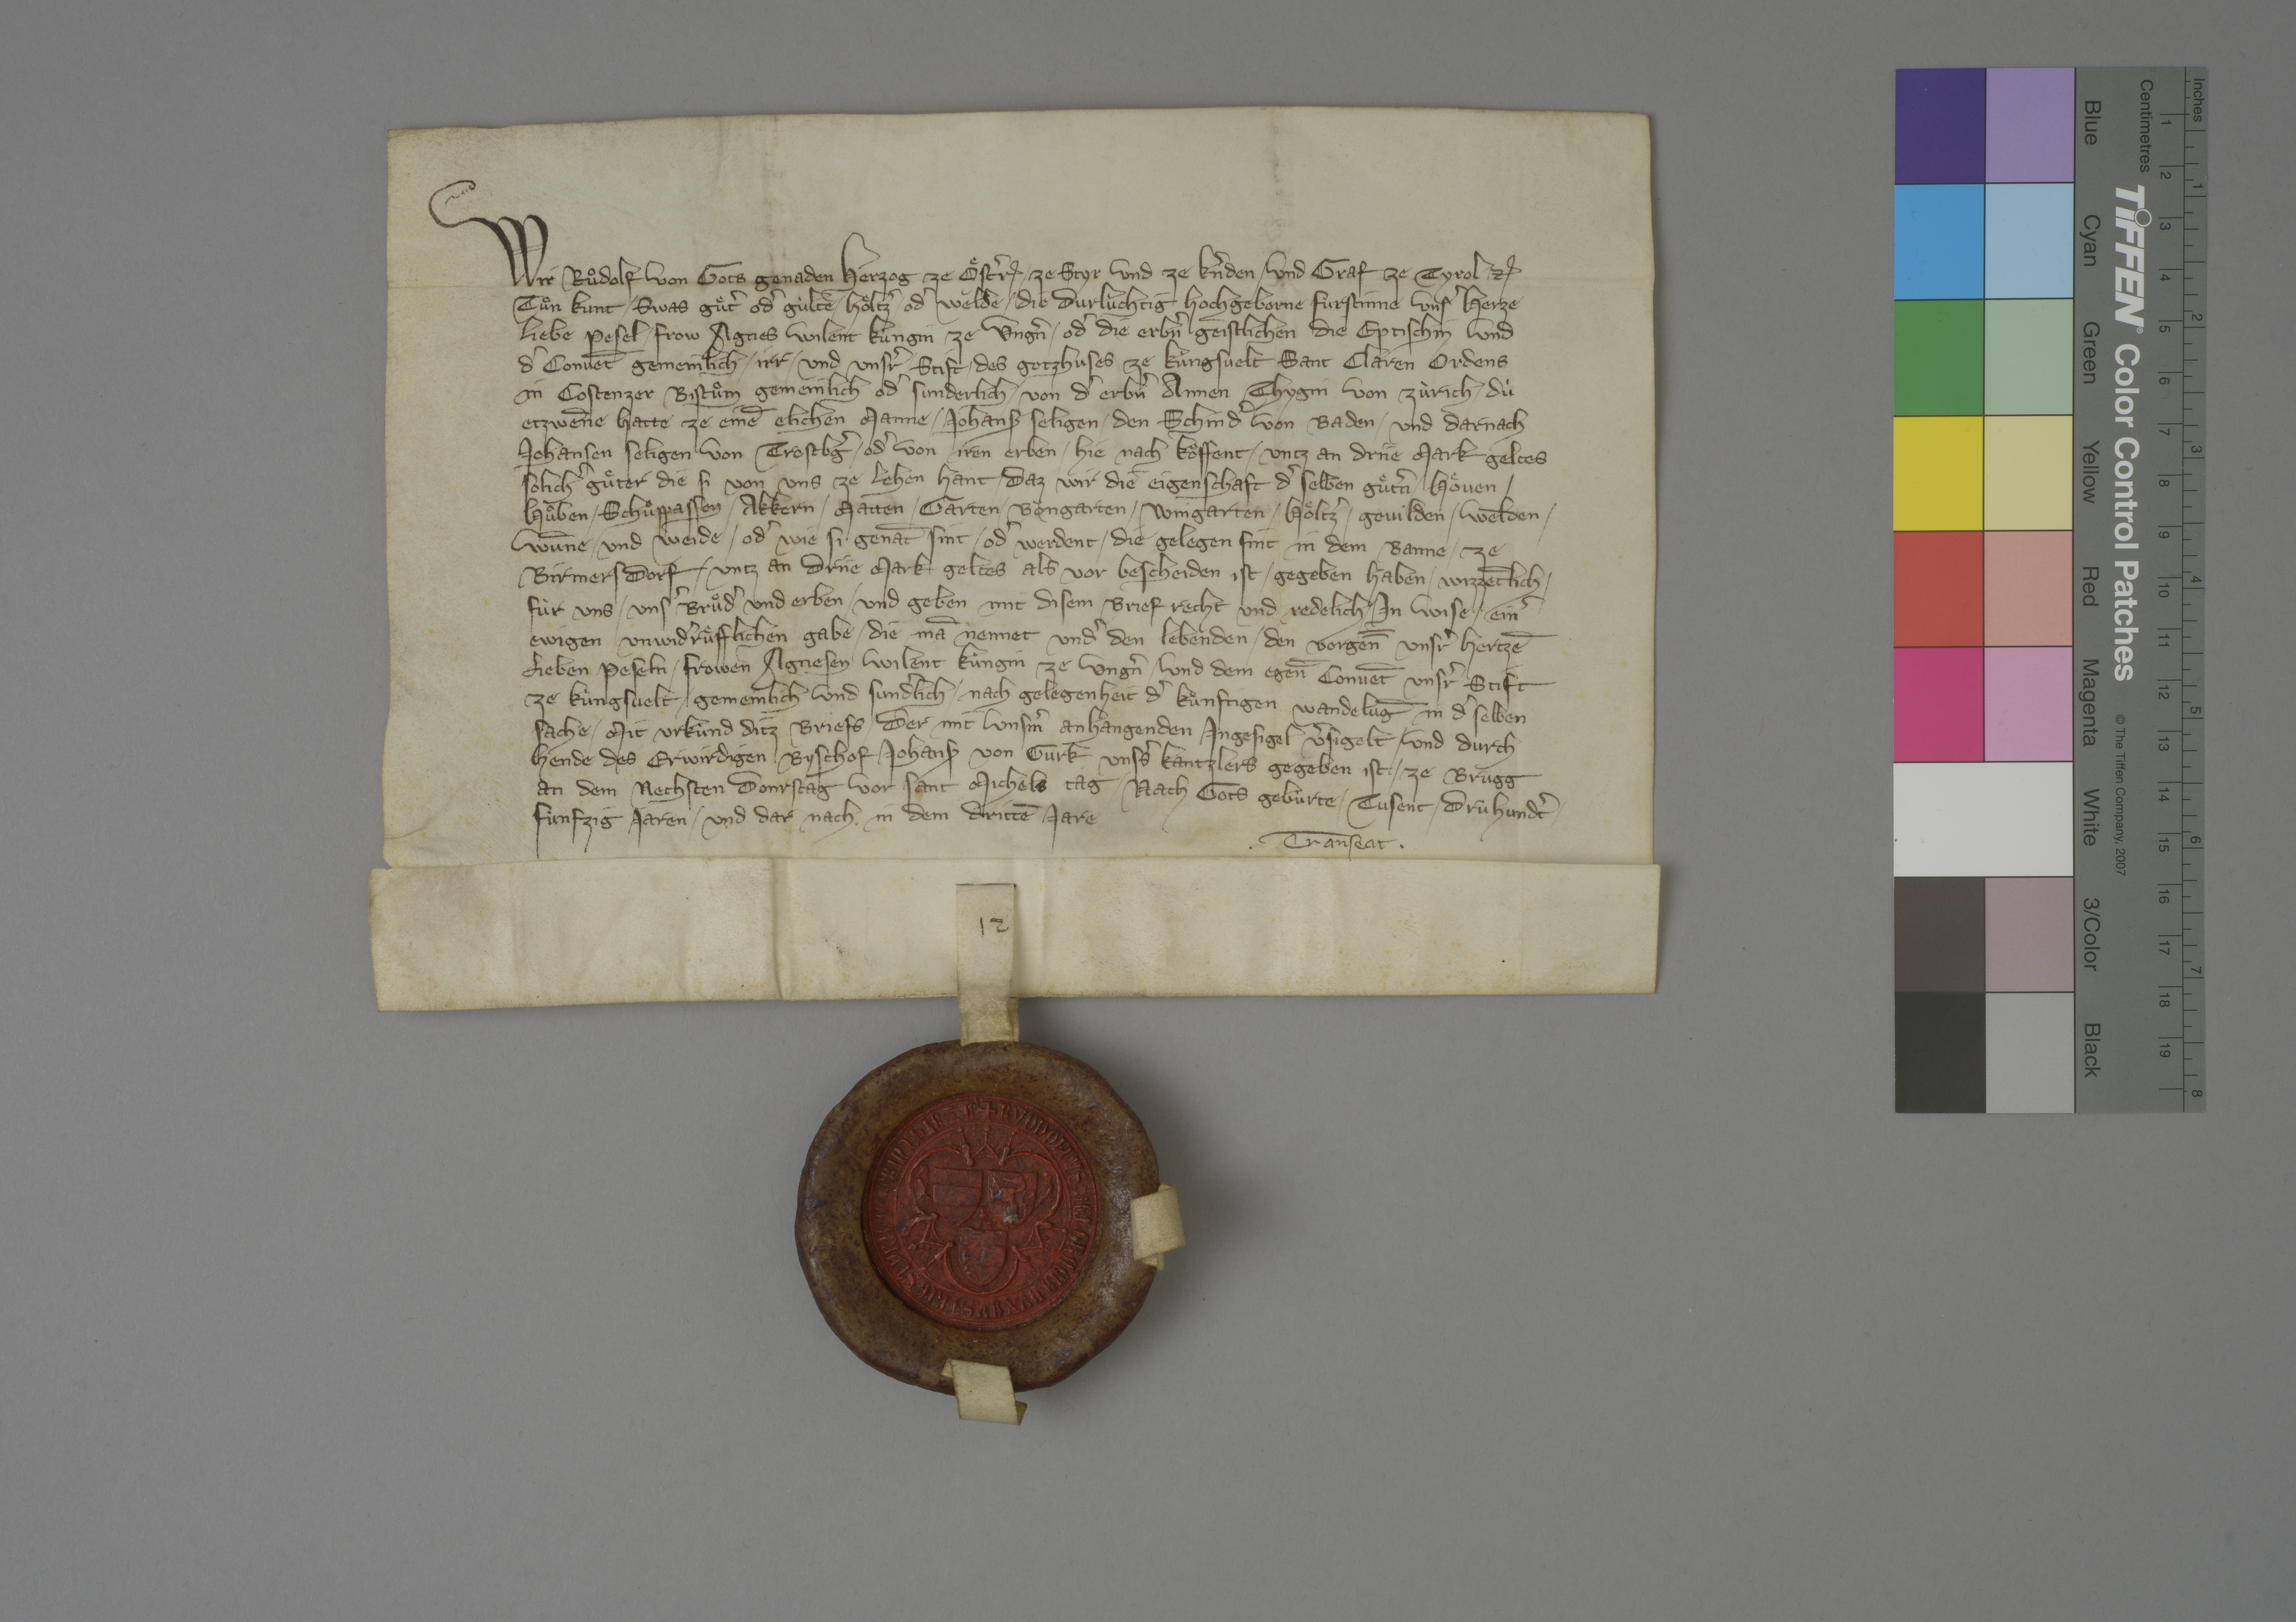
Transcription:
Wir, Ruͦdolf, von gots genaden herzog ze Oͤstˀr₎, ✳ ze Styr und ze Kˀnden✳ und graf ze Tyrol ꝫꝭ,
tuͦn kunt, ✳ swas guͤtˀ odˀ gùlte, ✳ hoͤltzˀ ✳ odˀ wèlde ✳ die durlùchtig, hochgeborne fùrstinne, unsˀ herze-
liebe pesel ✳ frow Agnes, wilent kùngin ze Ungˀn, odˀ die erbˀn, geistlichen, die eptischin und
dˀ convēt gemeinlich, ✳ irr ✳ und unsˀr ✳ stift ✳ des gotzhuses ze Kùngsvelt, Sant Claren ordens,
in Costenzer bistuͦm, gemeinlich odˀ sunderlich ✳ von dˀ erbˀn Annen Thygin von Zùrich, ✳ dù
etzwēne hatte ze einē elichen manne ✳ Johansz, seligen, ✳ den Schnidˀ von Baden ✳ und darnach
Johansen, seligen, von Trostbgˀ, ✳ odˀ von iren erben ✳ hie nach koͧffent ✳ untz an driie mark geltes
solichˀ guͤter, die si von uns ze lehen hant, ✳ daz wir die eigenschaft dˀ selben guͤtˀn, ✳ hoͤven, ✳
huͦben, ✳ schuͦppassen, ✳ akkern, ✳ matten, ✳ garten, ✳ boͧngarten, ✳ wingarten, ✳ hoͤltzˀ, ✳ gevilden, ✳ welden ✳
wūne ✳ und weide ✳ odˀ wie si genāt sint ✳ odˀ werdent, ✳ die gelegen sint in dem banne ✳ ze
Birmersdorf, ✳ untz an driie mark geltes, als vor bescheiden ist, ✳ gegeben haben ✳ wizzētlich ✳
fùr uns, ✳ unsˀ bruͦdˀ und erben ✳ und geben mit disem brief recht und redelich ✳ in wise ✳ einˀ
ewigen, unwidˀruͤfflichen gabe, ✳ die mā nennet undˀ den lebenden, ✳ den vorgen̄̄ unsrˀ hertzē-
lieben peseln ✳ frowen Agnesen, wilent kùngin ze Ungˀn, ✳ und dem egen̄̄ convēt unsrˀ stift
ze Kùngsvelt ✳ gemeinlich und sundˀlich ✳ nach gelegenheit dˀ kuͤnftigen wandelūg in dˀselben
sache. ✳ mit urkùnd ditz briefs, ✳ der mit unsˀm anhangendem ingesigel vˀsigelt ✳ und durch
hende des erwirdigen byschof Johans₎ von Gurk, unsˀs kantzlers, gegeben ist ✳ ze Brugg
an dem nechsten donrstag vor sant Michels tag, ✳ nach gots gebùrte ✳ tusent drùhundtˀ ✳
fùnfzig jaren ✳ und dar nach in dem drittē jare.
✳ transeat ✳